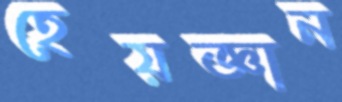
হেয়জ্ঞান